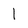
Character: l